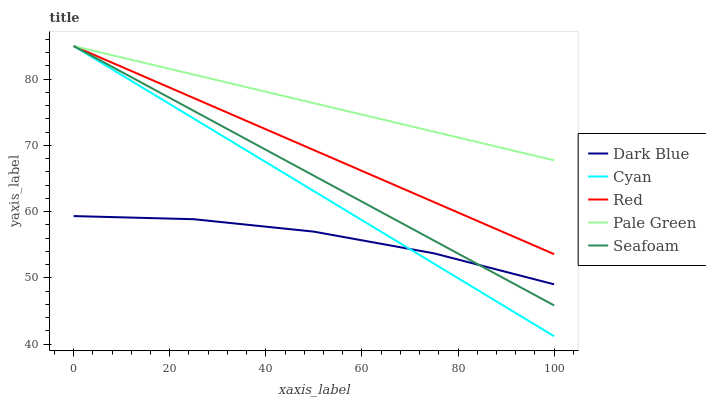
| xaxis_label | Dark Blue | Cyan | Red | Pale Green | Seafoam |
 | --- | --- | --- | --- | --- | --- |
 | 0 | 59.3 | 85 | 85 | 85 | 85 |
 | 25 | 58.9 | 74 | 77.1 | 80.7 | 75.2 |
 | 50 | 57 | 63.1 | 69.3 | 76.4 | 65.4 |
 | 75 | 53.7 | 52.1 | 61.4 | 72.1 | 55.6 |
 | 100 | 49 | 41.2 | 53.6 | 67.7 | 45.8 |